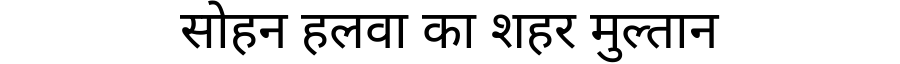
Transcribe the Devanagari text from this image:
सोहन हलवा का शहर मुल्तान